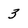
Character: 3